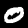
Digit: 0